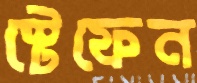
স্টেফেন